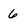
Character: 6